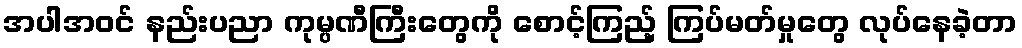
အပါအဝင် နည်းပညာ ကုမ္ပဏီကြီးတွေကို စောင့်ကြည့် ကြပ်မတ်မှုတွေ လုပ်နေခဲ့တာ